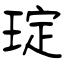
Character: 琔